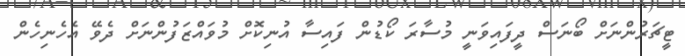
ޓީޗަރުންނަށް ބޯނަސް ދީފައިވަނީ މުސާރަ ކޯޑުން ފައިސާ އުނިކޮށް މުވައްޒަފުންނަށް ދެވޭ އެހެނިހެން